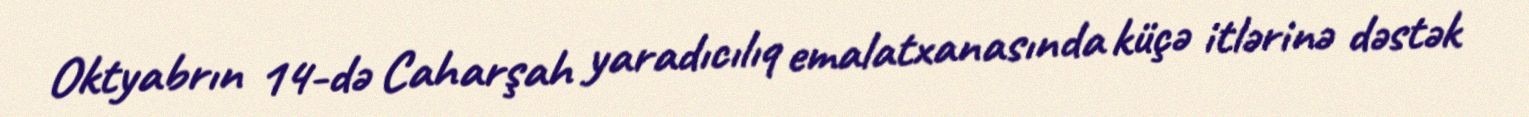
Oktyabrın 14-də Caharşah yaradıcılıq emalatxanasında küçə itlərinə dəstək